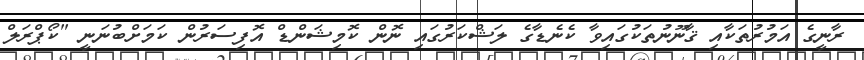
ރާނީގެ އަމުރުތަކާއި ޤާނޫނުތަކުގައިވާ ކެނެޑާގެ ލަޝްކަރުގައި ނޮން ކޮމިޝަންޑް އޮފިސަރުން ކަމަށްބުނަނީ "ކޯޕްރަލް